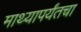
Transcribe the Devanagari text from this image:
माथ्यापर्यंतचा